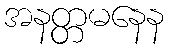
အနတ္တမနေန